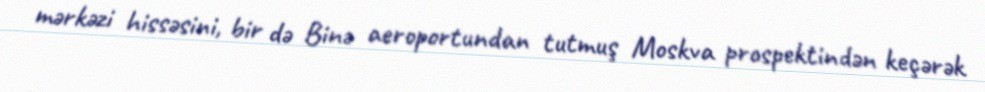
mərkəzi hissəsini, bir də Binə aeroportundan tutmuş Moskva prospektindən keçərək